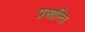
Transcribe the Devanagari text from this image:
प्रसान्ति